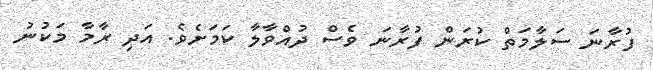
ފުރާނަ ސަލާމަތް ކުރަން ފުރާނަ ވެސް ދުއްވާލާ ކަމަށެވެ. އަދި ރާމާ މަކުނު